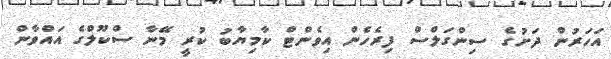
އަހަރުން ދަށުގެ ސިންގަލްސް ފިރެހެން އިވެންޓް ކާމިޔާބު ކުރީ މޭނާ ސްކޫލްގެ އައްވާން